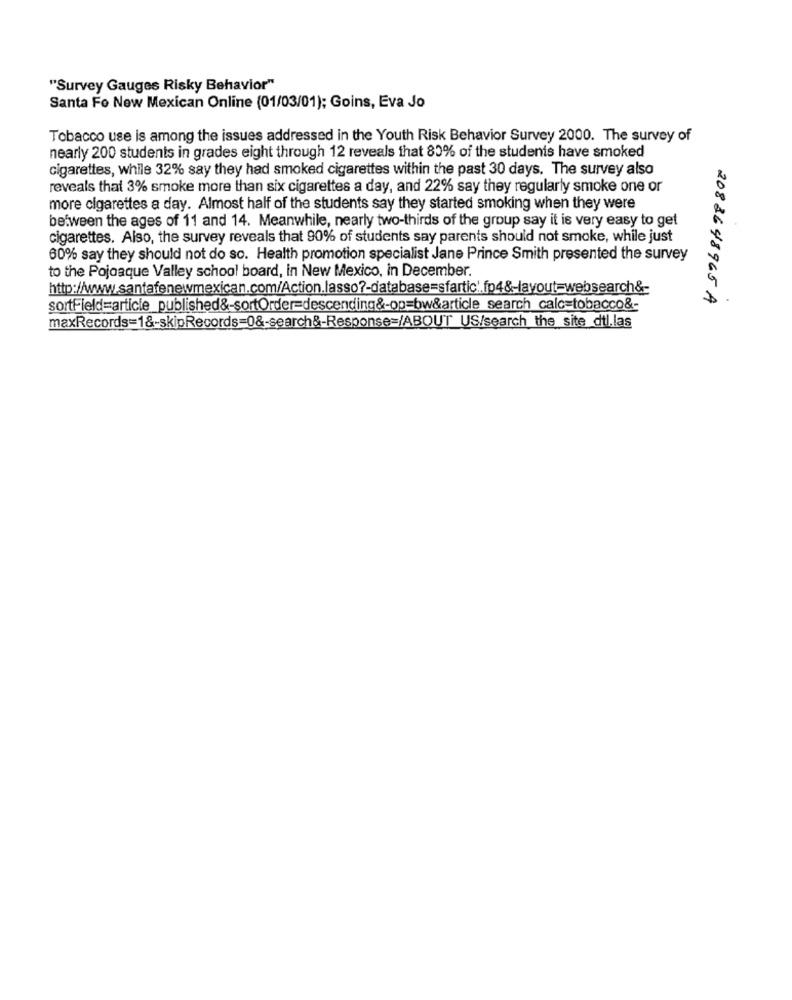
"Survey Gauges Risky Behavior"
Santa Fe New Mexican Online (01/03/01); Goins, Eva Jo
Tobacco use is among the issues addressed in the Youth Risk Behavior Survey 2000. The survey of
nearly 200 students in grades eight through 12 reveals that 80% of the students have smoked
cigarettes, while 32% say they had smoked cigarettes within the past 30 days. The survey also
reveals that 3% smoke more than six cigarettes a day, and 22% say they regularly smoke one or
more cigarettes a day. Almost half of the students say they started smoking when they were
between the ages of 11 and 14. Meanwhile, nearly two-thirds of the group say it is very easy to get
cigarettes. Also, the survey reveals that 90% of students say parents should not smoke, while just
60% say they should not do so. Health promotion specialist Jane Prince Smith presented the survey
to the Pojoaque Valley school board, in New Mexico, in December.
http://www.santafenewmexican.com/Action.lasso ?- database=sfartic'.fp4&-layout-websearch&-
2083648965 A
sortField=article published&-sortOrder=descending&-op=bw&article search_calc=tobacco&-
maxRecords=1&-skipRecords=0&-search&-Response=/ABOUT US/search the site dtl.las